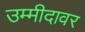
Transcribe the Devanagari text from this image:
उम्मीदावर